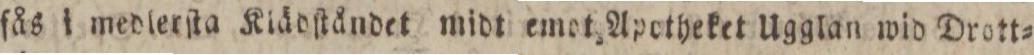
fås i medlerſta Klädſtåndet midt emot Apotheket Ugglan wid Drott=